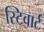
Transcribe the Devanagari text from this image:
स्टिवार्ट